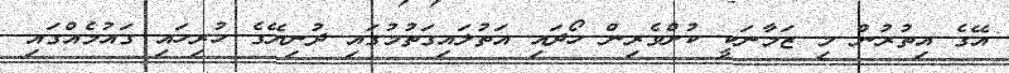
އޭގެ އިތުރުން މި ޒަމާނަކީ ކުށްވެރިން ހޯދައި އަތުލައިގަތުމުގައި ދުނިޔޭގެ ހުރިހައި ގައުމެއްގައި